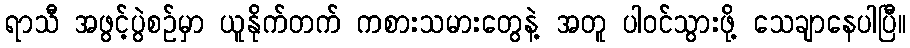
ရာသီ အဖွင့်ပွဲစဥ်မှာ ယူနိုက်တက် ကစားသမားတွေနဲ့ အတူ ပါဝင်သွားဖို့ သေချာနေပါပြီ။